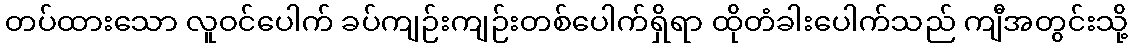
တပ်ထားသော လူဝင်ပေါက် ခပ်ကျဉ်းကျဉ်းတစ်ပေါက်ရှိရာ ထိုတံခါးပေါက်သည် ကျီအတွင်းသို့